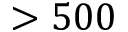
> 5 0 0